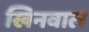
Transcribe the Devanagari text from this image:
खिनवाल